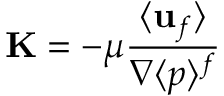
\mathbf { K } = - \mu \frac { \langle \mathbf { u } _ { f } \rangle } { \nabla \langle p \rangle ^ { f } }